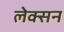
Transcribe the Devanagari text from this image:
लेक्सन